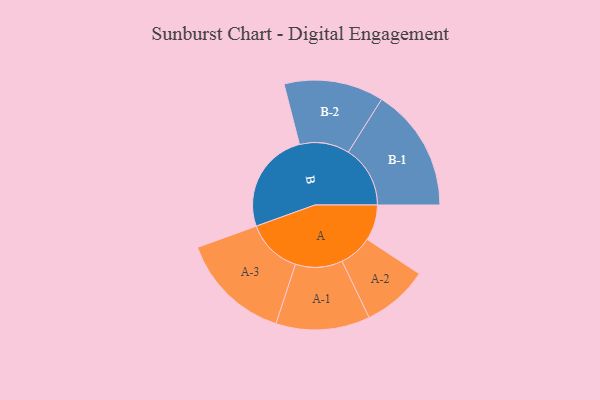
{"axis": {"x": "Segment", "y": "Value"}, "legend": ["", "A", "B"], "data": [{"x": "A", "y": 149, "type": ""}, {"x": "B", "y": 426, "type": ""}, {"x": "A-1", "y": 196, "type": "A"}, {"x": "A-2", "y": 138, "type": "A"}, {"x": "A-3", "y": 232, "type": "A"}, {"x": "B-1", "y": 258, "type": "B"}, {"x": "B-2", "y": 208, "type": "B"}]}